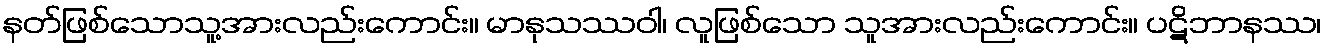
နတ်ဖြစ်သောသူ့အားလည်းကောင်း။ မာနုသဿဝါ၊ လူဖြစ်သော သူအားလည်းကောင်း။ ပဋိဘာနဿ၊